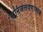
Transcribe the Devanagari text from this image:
खनिजलवणात्मक